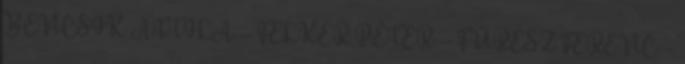
BENCSIK ATTILA – FELKER PÉTER – FŰRÉSZ FERENC –